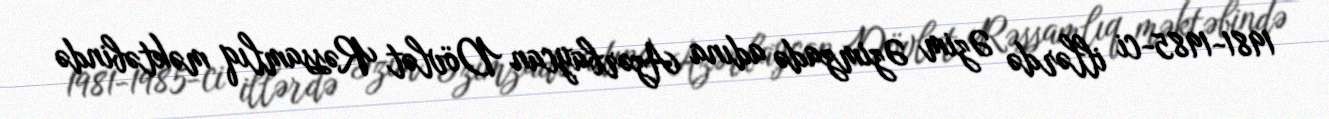
1981-1985-ci illərdə Əzim Əzimzadə adına Azərbaycan Dövlət Rəssamlıq məktəbində